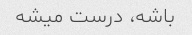
باشه، درست میشه